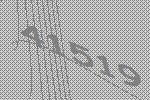
41519